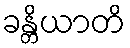
ခန္တိယာတိ